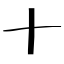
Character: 十